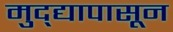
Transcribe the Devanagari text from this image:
मुद्द्यापासून